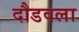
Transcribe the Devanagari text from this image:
दौडवला